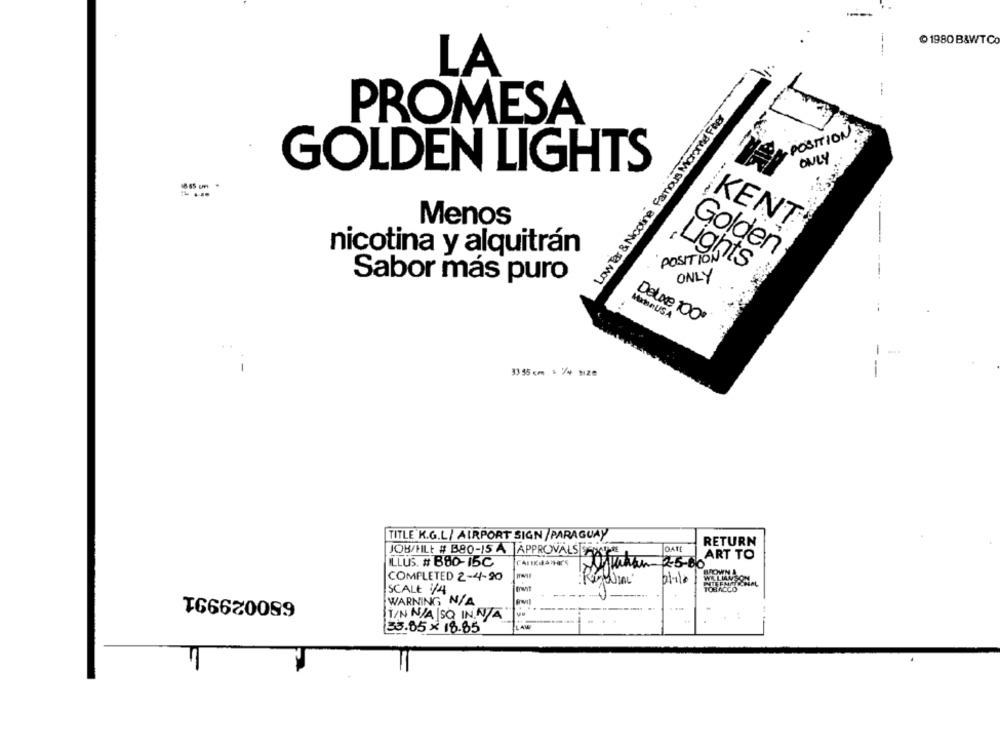
1980 B&WTC
LA
Low Ter & Nicotine Famous Morane Filter
PROMESA
POSITION
ONLY
GOLDEN LIGHTS
Menos
KENT
nicotina y alquitrán
Golden
POSITION.
ONLY
Lights
Sabor más puro
ManınUSA
Delove 100*
-
3395 cm = %4 size
-
TITLE K.G.L/ AIRPORT SIGN /PARAGUAY
RETURN
DATE
JOB/HILL # B80-15 A APPROVALS FAIRE
ART TO
ILLUS. # B80-15C
2-5-60
COMPLETED 2-4-90
WELIAN
2/110
680029991
SCALE 1/4
WARNING N/A
IT/N N/A |SQ IN.N/A
33.85 x 18.85